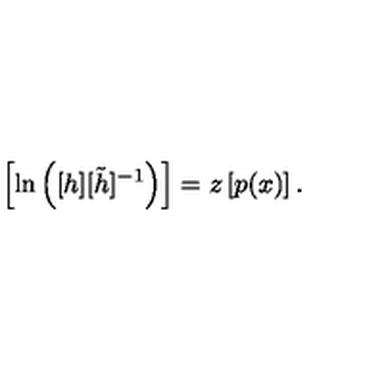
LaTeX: \left[ \ln \left( [ h ] [ \tilde { h } ] ^ { - 1 } \right) \right] = z \left[ p ( x ) \right] .